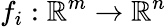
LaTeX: f_{i}:\mathbb{R}^{m}\to\mathbb{R}^{n}